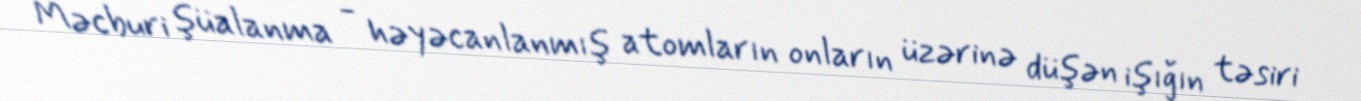
Məcburi şüalanma - həyəcanlanmış atomların onların üzərinə düşən işığın təsiri